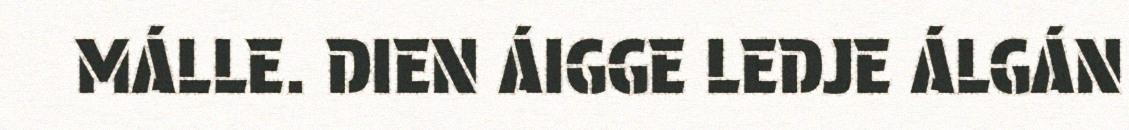
MÁLLE. DIEN ÁIGGE LEDJE ÁLGÁN